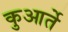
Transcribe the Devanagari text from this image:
कुआर्ते